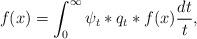
LaTeX: \begin{align*}f(x)=\int_0^\infty \psi_{t}\ast q_{t}\ast f(x)\frac{dt}{t},\end{align*}